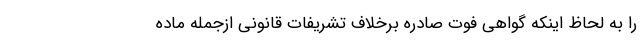
را به لحاظ اینکه گواهی فوت صادره برخلاف تشریفات قانونی از‌جمله ماده